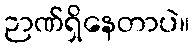
ဉာဏ်ရှိနေတာပဲ။